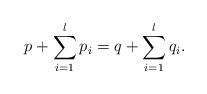
LaTeX: \begin{align*}p+\sum_{i=1}^l p_i=q+\sum_{i=1}^l q_i.\end{align*}